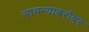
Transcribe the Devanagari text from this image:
सामन्याबरोबर